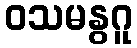
ဝသမနွဂူ